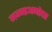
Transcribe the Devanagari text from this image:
जन्माअगोदर